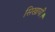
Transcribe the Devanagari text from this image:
सिखायीं।